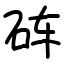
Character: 砗